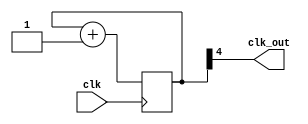
// module clkdiv(input wire clk, output reg clk_out); 
 
 // reg [4:0] COUNT; 
 // initial begin
	// COUNT <= 0;
// end
 // always @(posedge clk) 
 // begin 
	// if(COUNT == 31) begin
		// clk_out <= 1;
	// end
	// COUNT <= COUNT + 1;
 // end 
 
// endmodule

module clkdiv(input clk, output clk_out); 
 
 reg [4:0] COUNT; 
 initial begin
	COUNT <= 0;
end
assign clk_out = COUNT[4];
 always @(posedge clk) 
 begin 
	COUNT = COUNT + 1;
 end 
 
endmodule